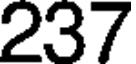
237